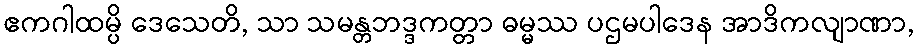
ဧကဂါထမ္ပိ ဒေသေတိ, သာ သမန္တဘဒ္ဒကတ္တာ ဓမ္မဿ ပဌမပါဒေန အာဒိကလျာဏာ,